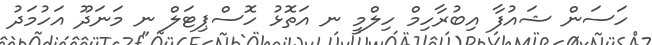
ހަސަން ޝައުފާ އިބުރާހިމް ހިލްމީ ނ އަތޮޅު ހޮސްޕިޓަލް ނ މަނަދޫ އަހުމަދު